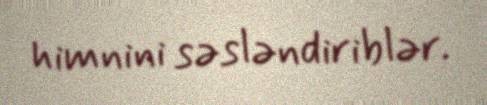
himnini səsləndiriblər.